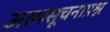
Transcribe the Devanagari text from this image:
अल्पसूचनाप्रश्न